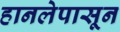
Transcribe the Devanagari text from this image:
हानलेपासून